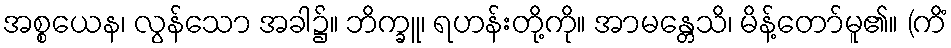
အစ္စယေန၊ လွန်သော အခါ၌။ ဘိက္ခူ၊ ရဟန်းတို့ကို။ အာမန္တေသိ၊ မိန့်တော်မူ၏။ (ကိံ